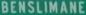
BENSILIMANE